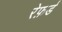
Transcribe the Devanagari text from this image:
रेफ़र्ड